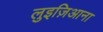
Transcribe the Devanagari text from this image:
लुइज़िआना